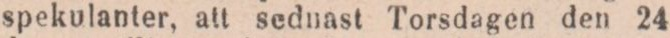
spekulanter, att sednast Torsdagen den 24